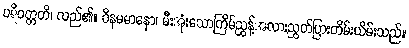
ပရိဝတ္တတိ၊ လည်၏။ ဝိနမမာနော၊ မီးအုံးသောကြိမ်ညွန့်အလားညွတ်ပြားတိမ်းယိမ်းသည်။